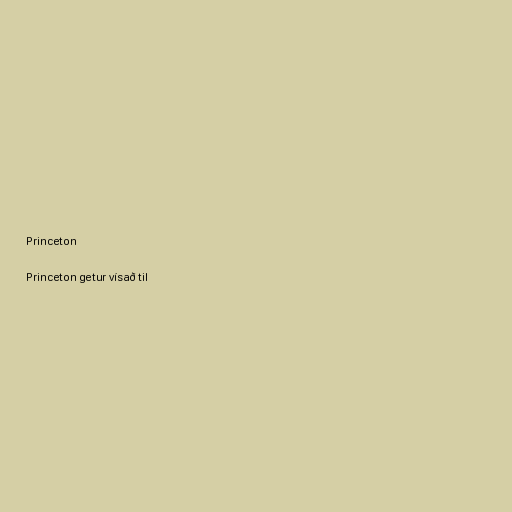
Princeton

Princeton getur vísað til